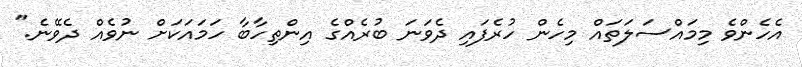
އެހެންވެ މިމައްސަލަތައް މިހެން ހުރެފައި ދެވަނަ ބުރެއްގެ އިންތިހާބާ ހަމައަކަށް ނުވެއް ދެވޭނެ."